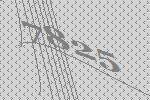
7825